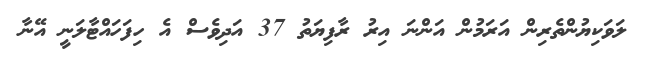
ލަވަކިޔުންތެރިން އަރަމުން އަންނަ އިރު ރާފިޔަތު 37 އަދިވެސް އެ ހިފަހައްޓާލަނީ އޭނާ